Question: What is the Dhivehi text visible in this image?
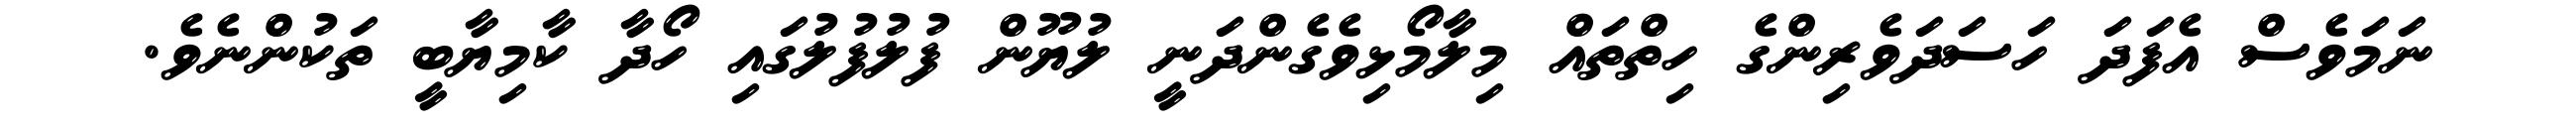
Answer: ނަމަވެސް އެފަދަ ހަސަދަވެރިންގެ ހިތްތައް މިލާމޯޅިވެގެންދަނީ ލުޔޫން ފުލުފުލުގައި ހޯދާ ކާމިޔާބީ ތަކުންނެވެ.